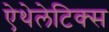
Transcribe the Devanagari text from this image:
ऐथेलेटिक्स